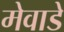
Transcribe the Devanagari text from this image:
मेवाडे